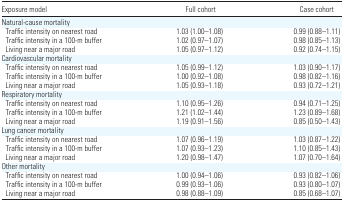
<table><thead><tr><td><b>Exposure model</b></td><td><b>Full cohort</b></td><td><b>Case cohort</b></td></tr></thead><tbody><tr><td colspan="3">Natural-cause mortality</td></tr><tr><td> Traffic intensity on nearest road</td><td>1.03 (1.00–1.08)</td><td>0.99 (0.88–1.11)</td></tr><tr><td> Traffic intensity in a 100-m buffer</td><td>1.02 (0.97–1.07)</td><td>0.98 (0.85–1.13)</td></tr><tr><td> Living near a major road</td><td>1.05 (0.97–1.12)</td><td>0.92 (0.74–1.15)</td></tr><tr><td colspan="3">Cardiovascular mortality</td></tr><tr><td> Traffic intensity on nearest road</td><td>1.05 (0.99–1.12)</td><td>1.03 (0.90–1.17)</td></tr><tr><td> Traffic intensity in a 100-m buffer</td><td>1.00 (0.92–1.08)</td><td>0.98 (0.82–1.16)</td></tr><tr><td> Living near a major road</td><td>1.05 (0.93–1.18)</td><td>0.93 (0.72–1.21)</td></tr><tr><td colspan="3">Respiratory mortality</td></tr><tr><td> Traffic intensity on nearest road</td><td>1.10 (0.95–1.26)</td><td>0.94 (0.71–1.25)</td></tr><tr><td> Traffic intensity in a 100-m buffer</td><td>1.21 (1.02–1.44)</td><td>1.23 (0.89–1.68)</td></tr><tr><td> Living near a major road</td><td>1.19 (0.91–1.56)</td><td>0.85 (0.50–1.43)</td></tr><tr><td colspan="3">Lung cancer mortality</td></tr><tr><td> Traffic intensity on nearest road</td><td>1.07 (0.96–1.19)</td><td>1.03 (0.87–1.22)</td></tr><tr><td> Traffic intensity in a 100-m buffer</td><td>1.07 (0.93–1.23)</td><td>1.10 (0.85–1.43)</td></tr><tr><td> Living near a major road</td><td>1.20 (0.98–1.47)</td><td>1.07 (0.70–1.64)</td></tr><tr><td colspan="3">Other mortality</td></tr><tr><td> Traffic intensity on nearest road</td><td>1.00 (0.94–1.06)</td><td>0.93 (0.82–1.06)</td></tr><tr><td> Traffic intensity in a 100-m buffer</td><td>0.99 (0.93–1.06)</td><td>0.93 (0.80–1.07)</td></tr><tr><td> Living near a major road</td><td>0.98 (0.88–1.09)</td><td>0.85 (0.68–1.07)</td></tr></tbody></table>